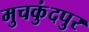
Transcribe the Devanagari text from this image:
मुचकुंदपुर